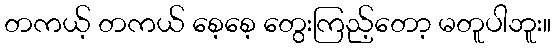
တကယ့် တကယ် စေ့စေ့ တွေးကြည့်တော့ မတူပါဘူး။